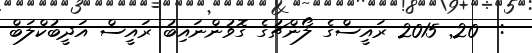
:  20